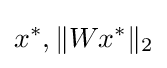
x^{*},\|Wx^{*}\|_{2}